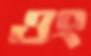
ওং